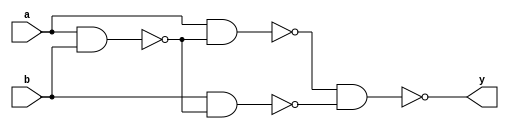
module my_xor(output y, input a,b);
	
	and and1(and1output,a,b);
	and and2(and2output,a,!and1output);
	and and3(and3output,b,!and1output);
	and and4(and4output,!and2output,!and3output);
	not not1(y,and4output);
endmodule